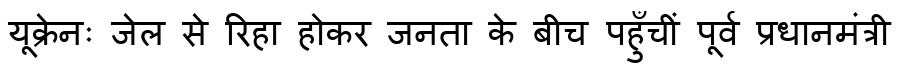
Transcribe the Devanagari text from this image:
यूक्रेनः जेल से रिहा होकर जनता के बीच पहुँचीं पूर्व प्रधानमंत्री